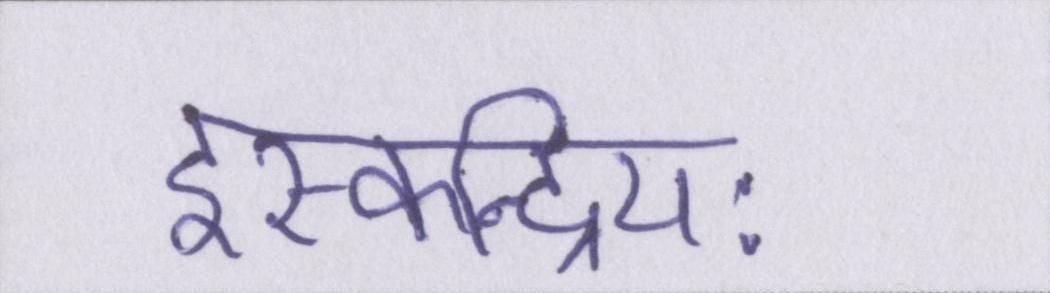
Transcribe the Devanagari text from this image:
इस्कन्द्रियः